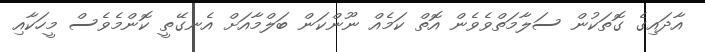
އާދައިގެ ގޮތަކުން ސަލާމަތްވެވެން އޮތް ކަމެއް ނޫންކަން ބަލްމާއަށް އެނގޭތީ ކޮންމެވެސް މީހަކާއި